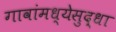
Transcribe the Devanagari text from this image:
गावांमध्येसुद्धा